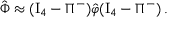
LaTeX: \hat { \Phi } \approx ( \mathrm { I } _ { 4 } - \Pi ^ { - } ) \hat { \varphi } ( \mathrm { I } _ { 4 } - \Pi ^ { - } ) \, .